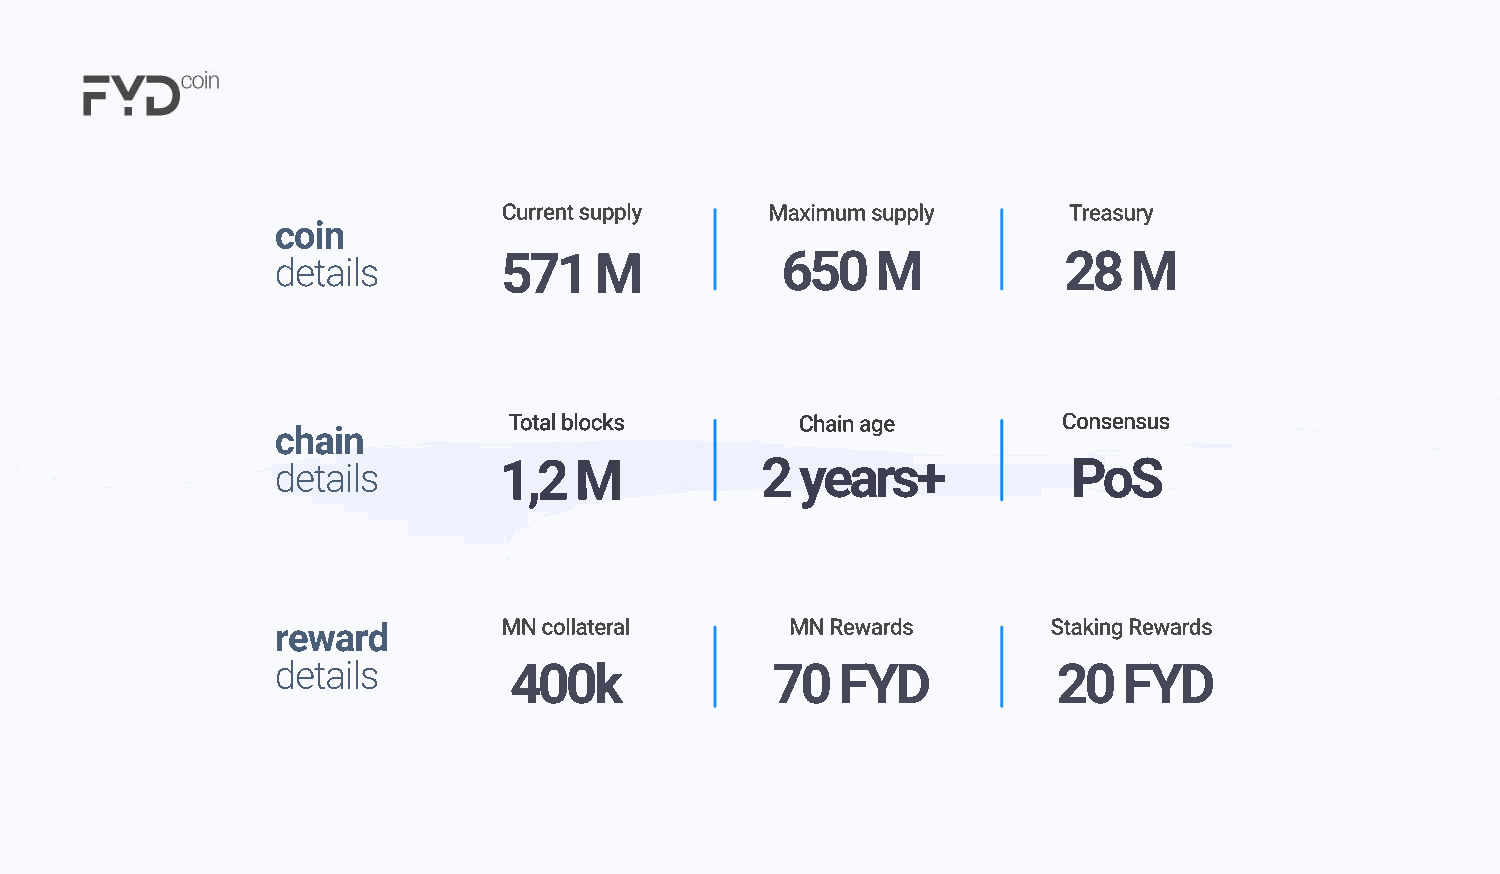
Current supply    Maximum supply      Treasury
 coin
 details        571   M            650   M           28   M
 Total blocks       Chain age        Consensus
 chain
 details        1,2  M           2  years+            PoS
 reward         MN collateral      MN Rewards       Staking Rewards
 details         400k             70  FYD            20  FYD